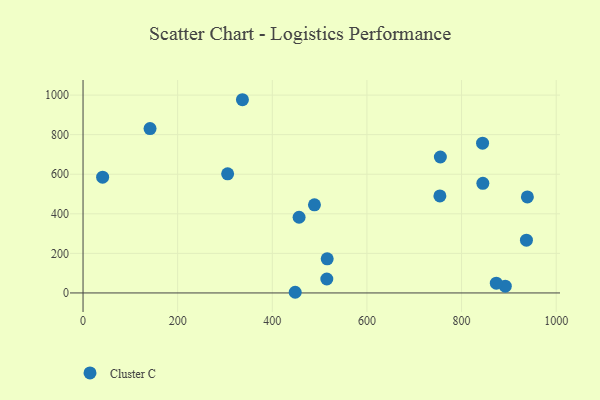
{"axis": {"x": "Investment", "y": "Salary"}, "legend": ["Cluster C"], "data": [{"x": "515.2", "y": 70.6, "type": "Cluster C"}, {"x": "844.4", "y": 757.0, "type": "Cluster C"}, {"x": "754.2", "y": 490.4, "type": "Cluster C"}, {"x": "448.4", "y": 3.4, "type": "Cluster C"}, {"x": "755.2", "y": 687.1, "type": "Cluster C"}, {"x": "845.0", "y": 553.9, "type": "Cluster C"}, {"x": "939.1", "y": 485.3, "type": "Cluster C"}, {"x": "892.4", "y": 34.3, "type": "Cluster C"}, {"x": "456.6", "y": 382.5, "type": "Cluster C"}, {"x": "305.6", "y": 602.3, "type": "Cluster C"}, {"x": "41.4", "y": 585.0, "type": "Cluster C"}, {"x": "336.9", "y": 976.6, "type": "Cluster C"}, {"x": "141.6", "y": 831.0, "type": "Cluster C"}, {"x": "516.0", "y": 172.3, "type": "Cluster C"}, {"x": "489.1", "y": 445.5, "type": "Cluster C"}, {"x": "937.1", "y": 266.9, "type": "Cluster C"}, {"x": "873.4", "y": 49.3, "type": "Cluster C"}]}